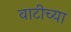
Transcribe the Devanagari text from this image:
वाटीच्या